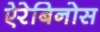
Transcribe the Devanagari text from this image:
ऐरेबिनोस